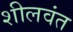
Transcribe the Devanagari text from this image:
शीलवंत